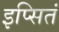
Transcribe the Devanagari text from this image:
इप्सितं